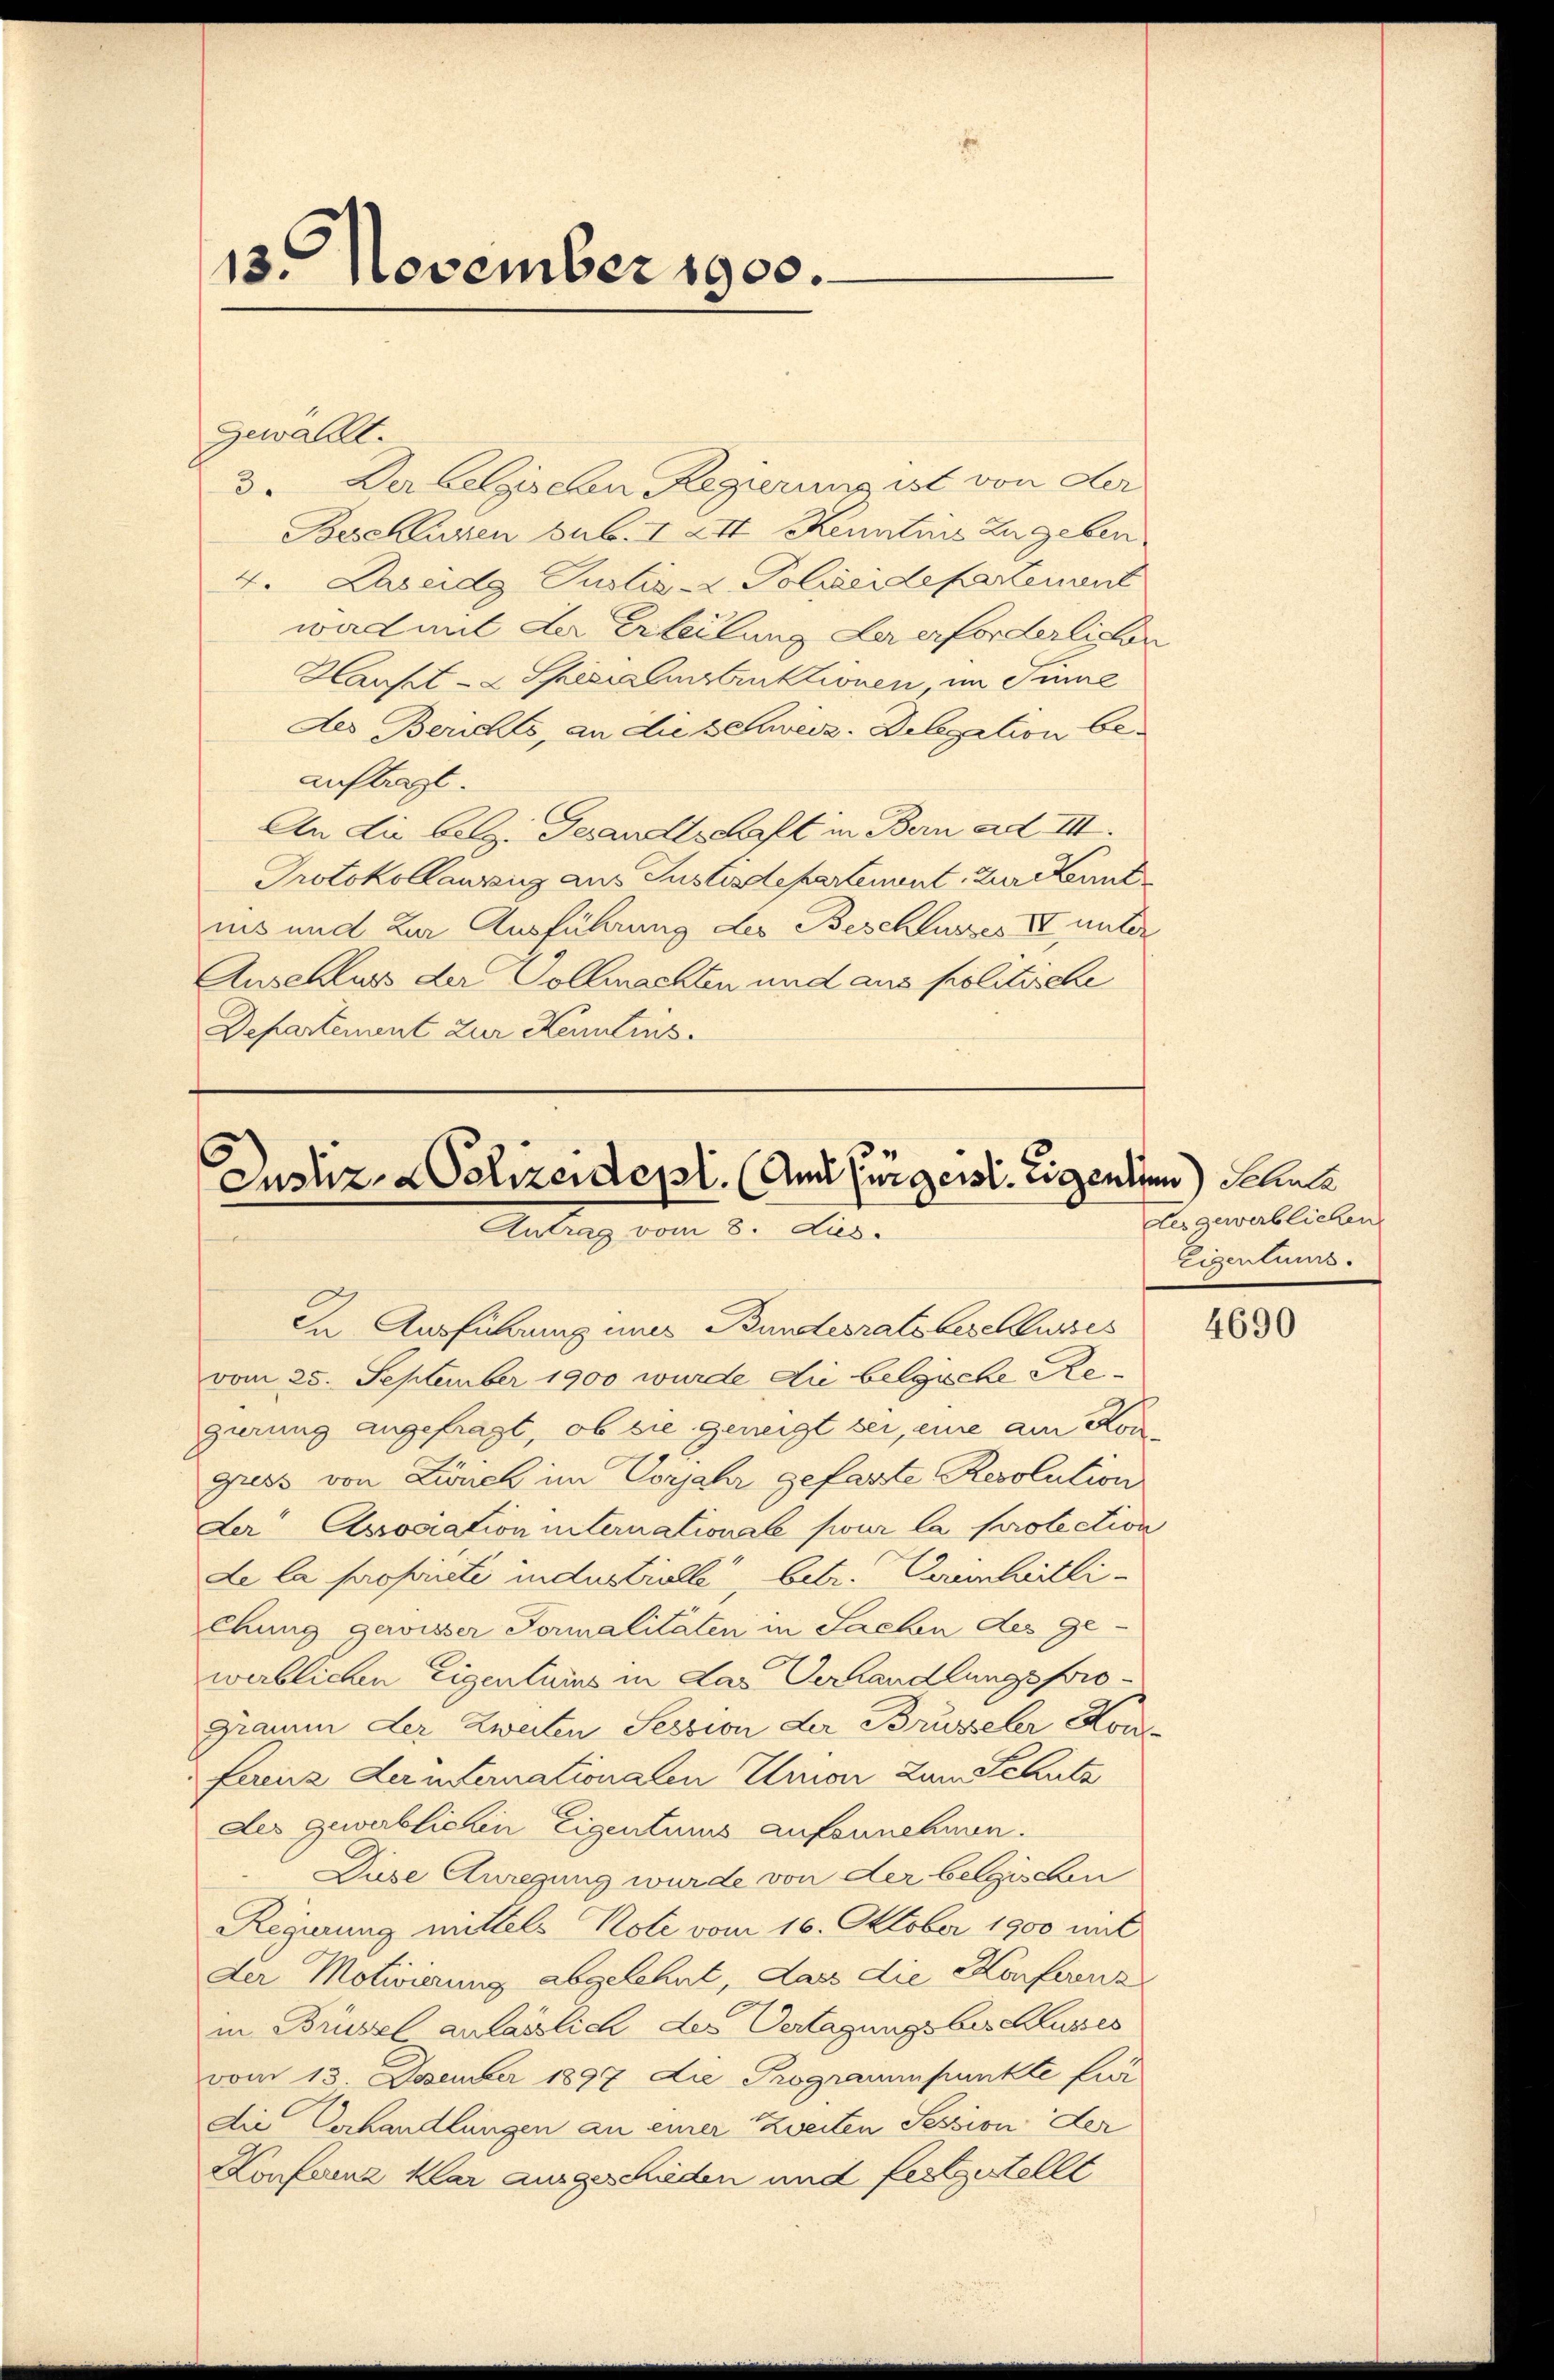
13. November 1900.

Gewählt.
3. Der belgischen Regierung ist von der
Beschlugen sub. I 24t Kenntnis zu geben
4. Laseidg Justiz-C. Polizeidepartement
war mit der Erteilung der erforderlichen
Hausel- & Specialenstruktionen, im Inne
des Berichts, an die schweiz. Delegation beauflegt.
An die belg. Gesandtschaft in Bern ad III.
Protokollanzug aus Justizdepartement zur Kennt
iis und zur Ausführung des Beschlusses II unter
Anschluss der Vollmachten und aus politische
Departement zur Kenntens.

Justiz- & Polizeidepl. (Amt fürgerst. Eigenten Schule
Antrag vom 2. Jus

In Ausführung ins Bundesrats beschlusses
vom 25. September 1900 wurde die belgische Regierung angefragt, ob sie geneigt sei, eine am Kon
guss von Zürich im Vorjahr gefasste Resolution
Der Association unternationale pour la protection
de la proporti indes Vielle, betr. Curienheitlichung gewisser Formalitäten in Sachen des ge-
werblichen Eigenturus in das Verhandlungsprogiam der Zweiten Session der Brüsseler Konfuinz Leiternationalen Union an Schutz
des gewerblichen Eigentums aufzunehmen.
Diese Anregung wurde von der belgischen
Regierung mittels Note vom 16. Oktober 1900 mit
der Motivierung abgelehnt, dass die Konferenz
in Brüssel anlässlich des Vertagungsbeschlusses
vom 13. Dezember 1897 die Programmpunkte für
Die Verhandlungen an einer Zweiten Session der
Konferne klar ausgeschieden und festgestellt

des gewerblichen
Eigentums.

4690